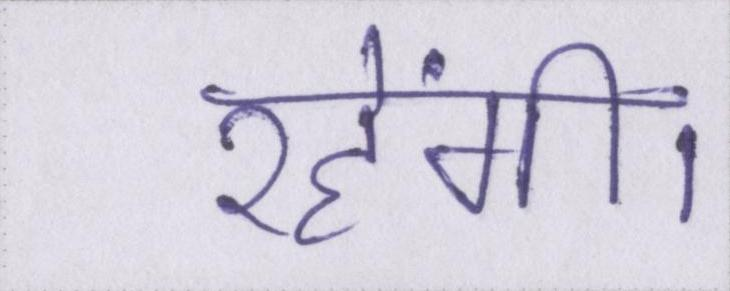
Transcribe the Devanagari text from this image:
रहेंगी।